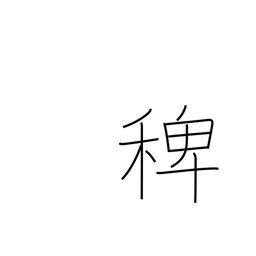
Meaning: deccan grass